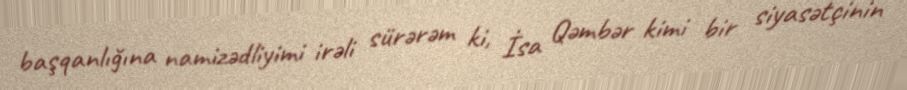
başqanlığına namizədliyimi irəli sürərəm ki, İsa Qəmbər kimi bir siyasətçinin